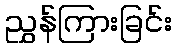
ညွှန်ကြားခြင်း